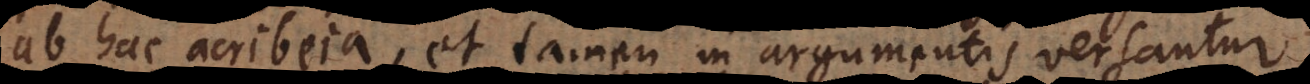
ab hac acribeia, et tamen in argumentis versantur,